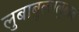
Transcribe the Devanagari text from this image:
लुबाबुल्ललुबाब